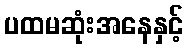
ပထမဆုံးအနေနှင့်